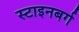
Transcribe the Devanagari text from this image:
स्टाइनबर्ग